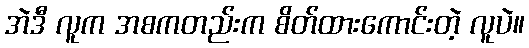
အဲဒီ လူက အစကတည်းက စိတ်ထားကောင်းတဲ့ လူပဲ။